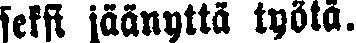
seksi jäänyttä työtä.